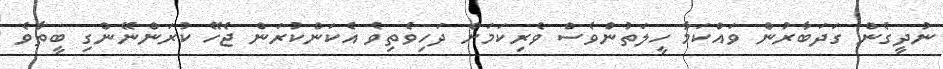
ނުދީގެން ގަދަބާރުން ވައްކަމާ ހީލަތުންވެސް ވެރިކަމަށް ދަހިވެތިވެ އެކަންކުރަން ޖެހޭ ކުރަންނޭންގި ބީތާވެ